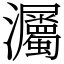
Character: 灟